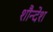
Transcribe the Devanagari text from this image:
शौन्देश